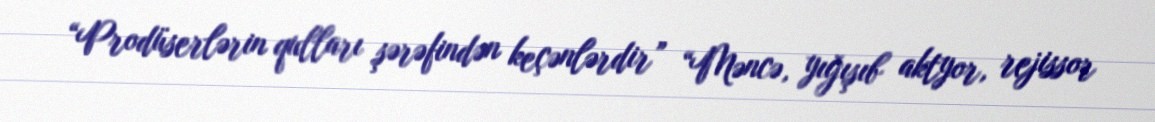
“Prodüserlərin qulları şərəfindən keçənlərdir” “Məncə, yığışıb aktyor, rejissor